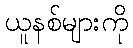
ယူနစ်များကို